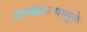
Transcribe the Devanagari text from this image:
आच्छादल्यामुळे